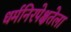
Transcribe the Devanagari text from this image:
धर्मनिरपेक्षतेला